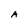
Character: A